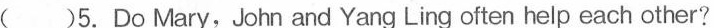
( )5. Do Mary,John and Yang Ling often help each other?